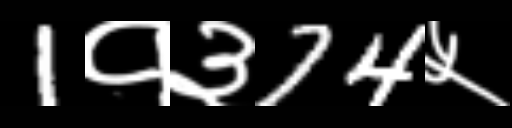
Text: 1१३74५